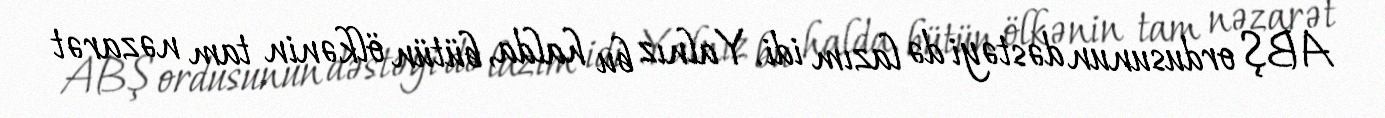
ABŞ ordusunun dəstəyi də lazım idi. Yalnız bu halda, bütün ölkənin tam nəzarət